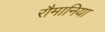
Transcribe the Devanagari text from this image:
रौमानिया